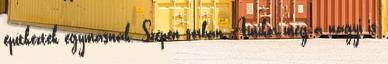
építkeztek egymásnak. Szépen sorban. Amikor még a nagyi is